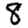
Digit: 8